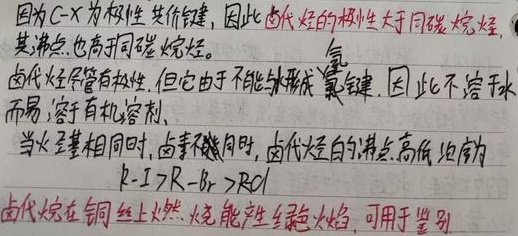
因为C - X为极性共价键，因此卤代烃的极性大于同碳烷烃，其沸点也高于同碳烷烃。卤代烃尽管有极性，但它由于不能与水形成氢键，因此不溶于水而易溶于有机溶剂。当烃基相同时，卤素不同时，卤代烃的沸点高低顺序为 \(R - I>R - Br >RCl\)。卤代烃在铜丝上燃烧，火焰能产生绿色火焰，可用于鉴别。